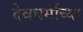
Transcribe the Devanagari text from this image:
देवधर्माच्या